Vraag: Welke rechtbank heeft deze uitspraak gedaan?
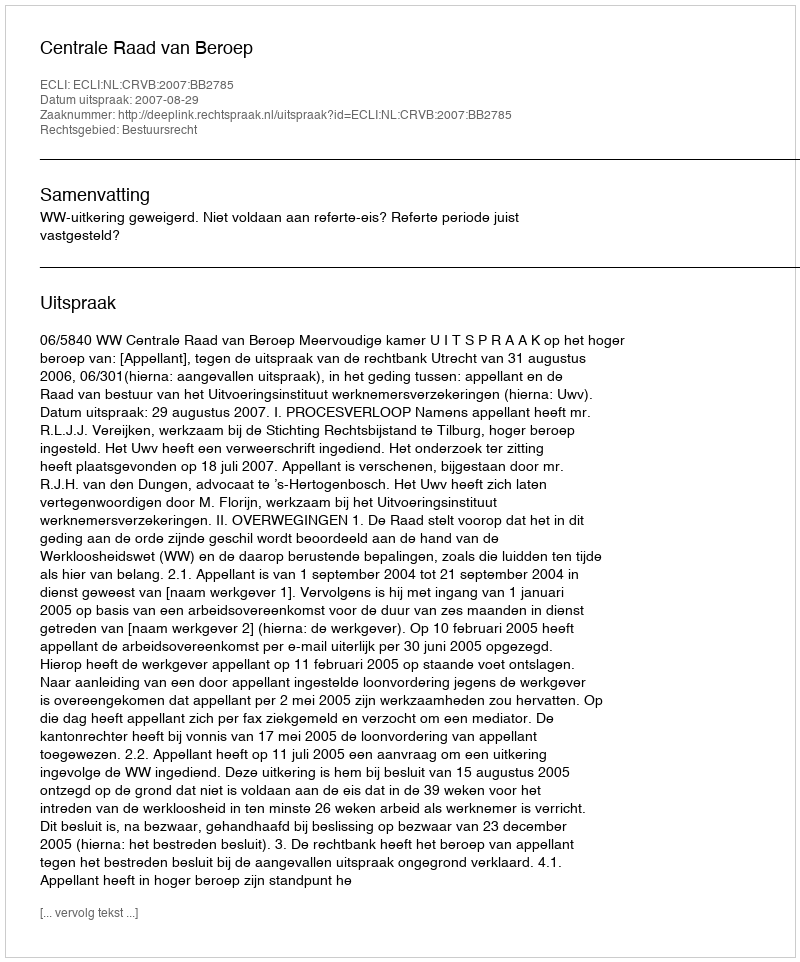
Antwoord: Centrale Raad van Beroep